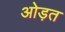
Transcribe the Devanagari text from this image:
ओड़त